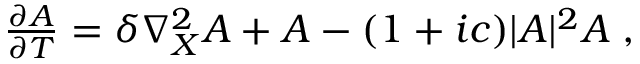
\begin{array} { r } { \frac { \partial A } { \partial T } = \delta \nabla _ { X } ^ { 2 } A + A - ( 1 + i c ) | A | ^ { 2 } A \; , } \end{array}